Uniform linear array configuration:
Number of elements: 4
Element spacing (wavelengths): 0.5
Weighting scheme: blackman
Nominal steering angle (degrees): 60
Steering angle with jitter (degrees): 59.273
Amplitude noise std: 0.05
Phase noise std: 0.05

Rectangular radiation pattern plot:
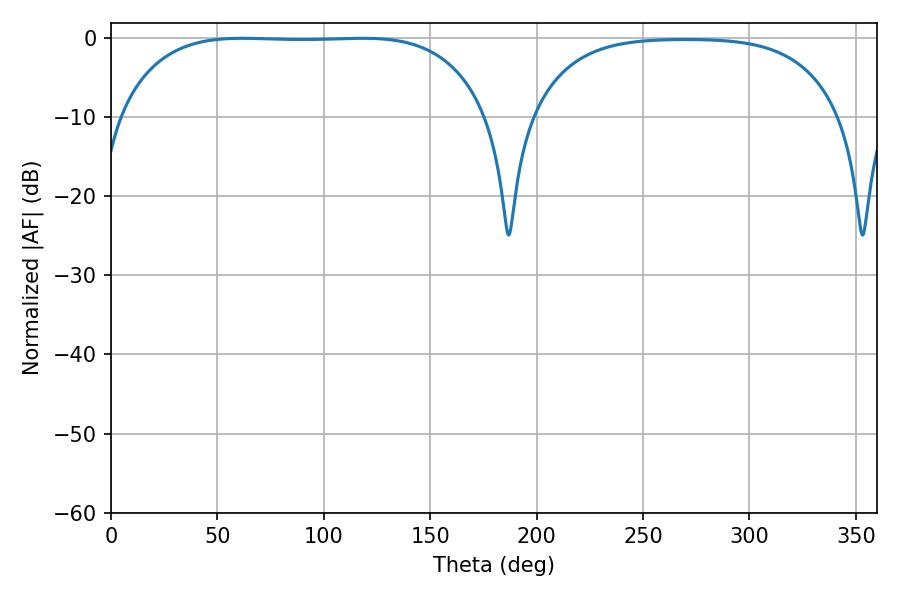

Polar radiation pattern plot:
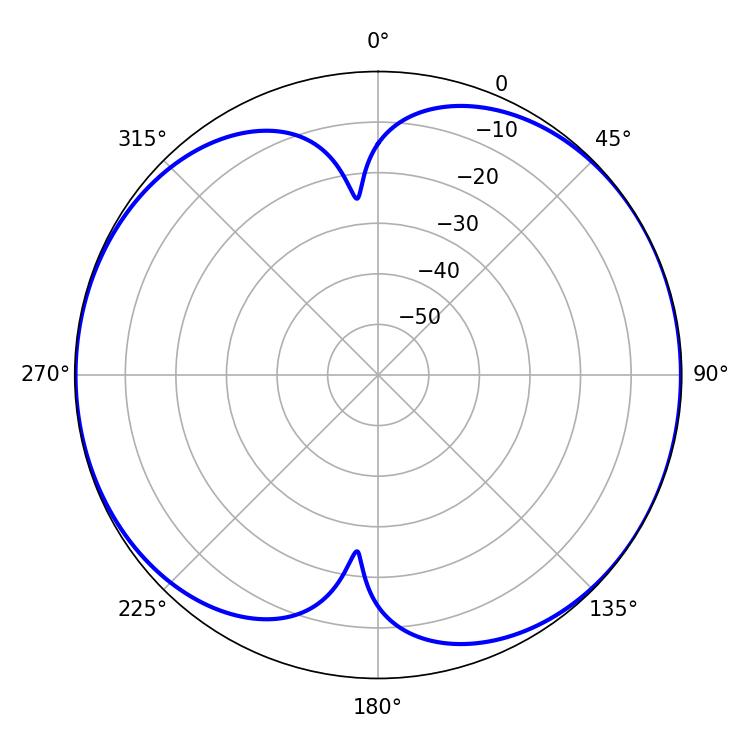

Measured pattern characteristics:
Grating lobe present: FALSE
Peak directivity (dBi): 7.873
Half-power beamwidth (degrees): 135.36
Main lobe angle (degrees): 61.74